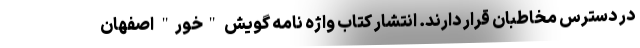
در دسترس مخاطبان قرار دارند. انتشار کتاب واژه نامه گویش "خور" اصفهان